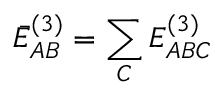
\bar { E } _ { A B } ^ { ( 3 ) } = \sum _ { C } E _ { A B C } ^ { ( 3 ) }